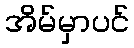
အိမ်မှာပင်